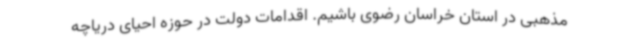
مذهبی در استان خراسان رضوی باشیم. اقدامات دولت در حوزه احیای دریاچه